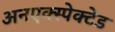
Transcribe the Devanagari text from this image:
अनएक्स्पेक्टेड